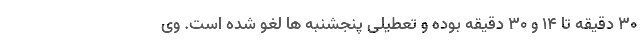
۳۰ دقیقه تا ۱۴ و ۳۰ دقیقه بوده و تعطیلی پنجشنبه ها لغو شده است. وی